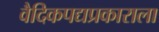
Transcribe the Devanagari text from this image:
वैदिकपद्यप्रकाराला